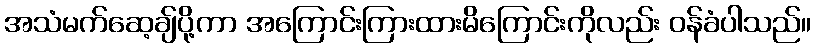
အသံမက်ဆေ့ချ်ပို့ကာ အကြောင်းကြားထားမိကြောင်းကိုလည်း ဝန်ခံပါသည်။